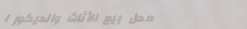
محل بيع الأثاث والديكور ا